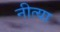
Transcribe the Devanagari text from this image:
नीत्या